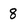
Character: 8